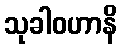
သုခါဝဟာနိ